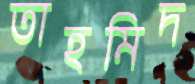
তাহমিদ